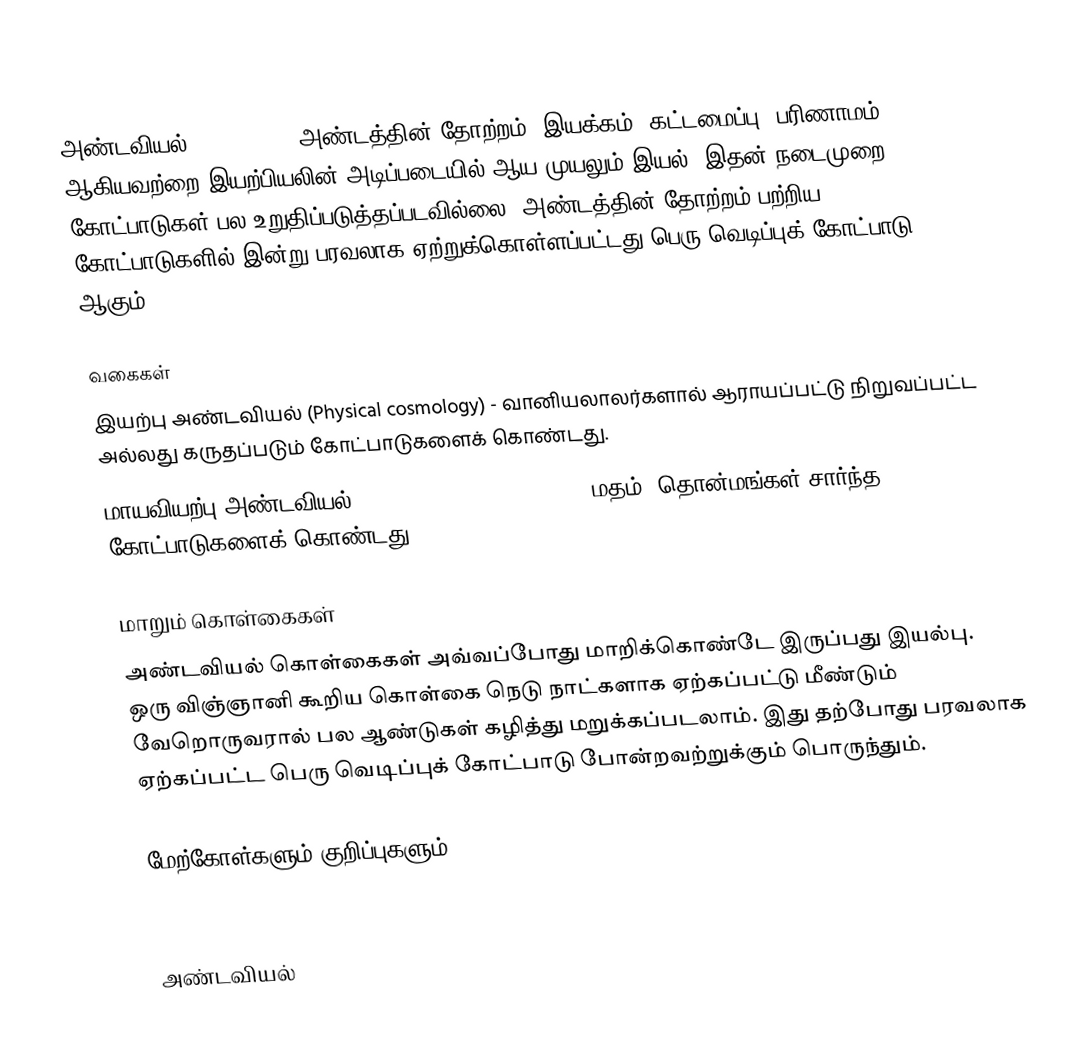
அண்டவியல் (Cosmology) அண்டத்தின் தோற்றம், இயக்கம், கட்டமைப்பு, பரிணாமம் ஆகியவற்றை இயற்பியலின் அடிப்படையில் ஆய முயலும் இயல். இதன் நடைமுறை கோட்பாடுகள் பல உறுதிப்படுத்தப்படவில்லை. அண்டத்தின் தோற்றம் பற்றிய கோட்பாடுகளில் இன்று பரவலாக ஏற்றுக்கொள்ளப்பட்டது பெரு வெடிப்புக் கோட்பாடு ஆகும்.

வகைகள்
 இயற்பு அண்டவியல் (Physical cosmology) - வானியலாலர்களால் ஆராயப்பட்டு நிறுவப்பட்ட அல்லது கருதப்படும் கோட்பாடுகளைக் கொண்டது.
 மாயவியற்பு அண்டவியல் (Metaphysical cosmology) - மதம், தொன்மங்கள் சார்ந்த கோட்பாடுகளைக் கொண்டது.

மாறும் கொள்கைகள்
அண்டவியல் கொள்கைகள் அவ்வப்போது மாறிக்கொண்டே இருப்பது இயல்பு. ஒரு விஞ்ஞானி கூறிய கொள்கை நெடு நாட்களாக ஏற்கப்பட்டு மீண்டும் வேறொருவரால் பல ஆண்டுகள் கழித்து மறுக்கப்படலாம். இது தற்போது பரவலாக ஏற்கப்பட்ட பெரு வெடிப்புக் கோட்பாடு போன்றவற்றுக்கும் பொருந்தும்.

மேற்கோள்களும் குறிப்புகளும்

அண்டவியல்